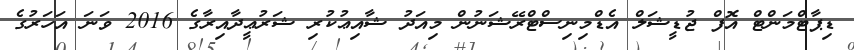
ޑިޕާޓްމަންޓް އޮފް ޖުޑީޝަލް އެޑްމިނިސްޓްރޭޝަނުން މިއަދު ޝާއިޢުކުރި ޝަރުޢީދާއިރާގެ 2016 ވަނަ އަހަރުގެ